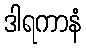
ဒါရကာနံ